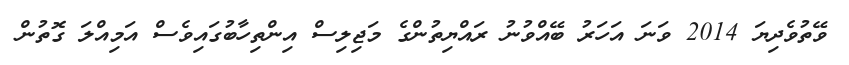
ވޭތުވެދިޔަ 2014 ވަނަ އަހަރު ބޭއްވުނު ރައްޔިތުންގެ މަޖިލިސް އިންތިހާބުގައިވެސް އަމިއްލަ ގޮތުން